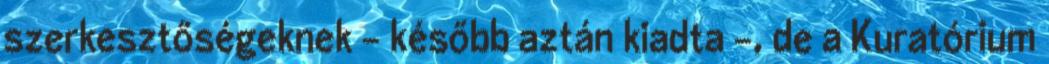
szerkesztőségeknek – később aztán kiadta -, de a Kuratóri­um